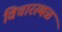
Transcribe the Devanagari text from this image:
विचारस्थळ